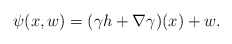
\begin{align*} \psi(x,w)=(\gamma h+\nabla\gamma)(x)+w.\end{align*}